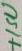
Text: +15V